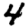
Digit: 4